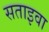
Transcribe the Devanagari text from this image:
सताइवा